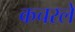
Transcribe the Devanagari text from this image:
कचरले